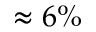
\approx 6 \%